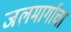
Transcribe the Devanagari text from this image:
जलमार्गाचा